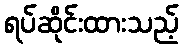
ရပ်ဆိုင်းထားသည့်